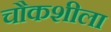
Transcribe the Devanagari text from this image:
चौकशीला